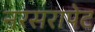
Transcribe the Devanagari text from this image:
नरसरापेट